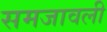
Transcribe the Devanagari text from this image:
समजावली